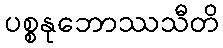
ပစ္စနုဘောဿသီတိ